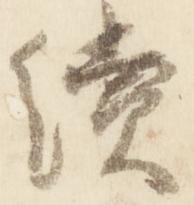
続